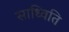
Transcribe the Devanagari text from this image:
साध्विति